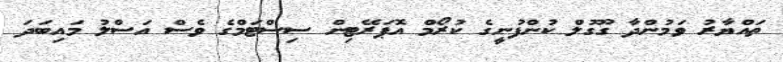
ތައްޔާރު ވަމުންދާ ގޫގުލް ކުންފުނީގެ ކުރޯމް އޮޕަރޭޓިން ސިސްޓަމްގެ ވެސް އަސްލު މައިބަދަ